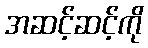
အဆင့်ဆင့်ကို